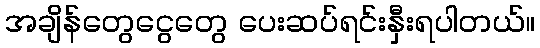
အချိန်တွေငွေတွေ ပေးဆပ်ရင်းနှီးရပါတယ်။